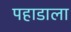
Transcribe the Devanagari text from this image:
पहाडाला